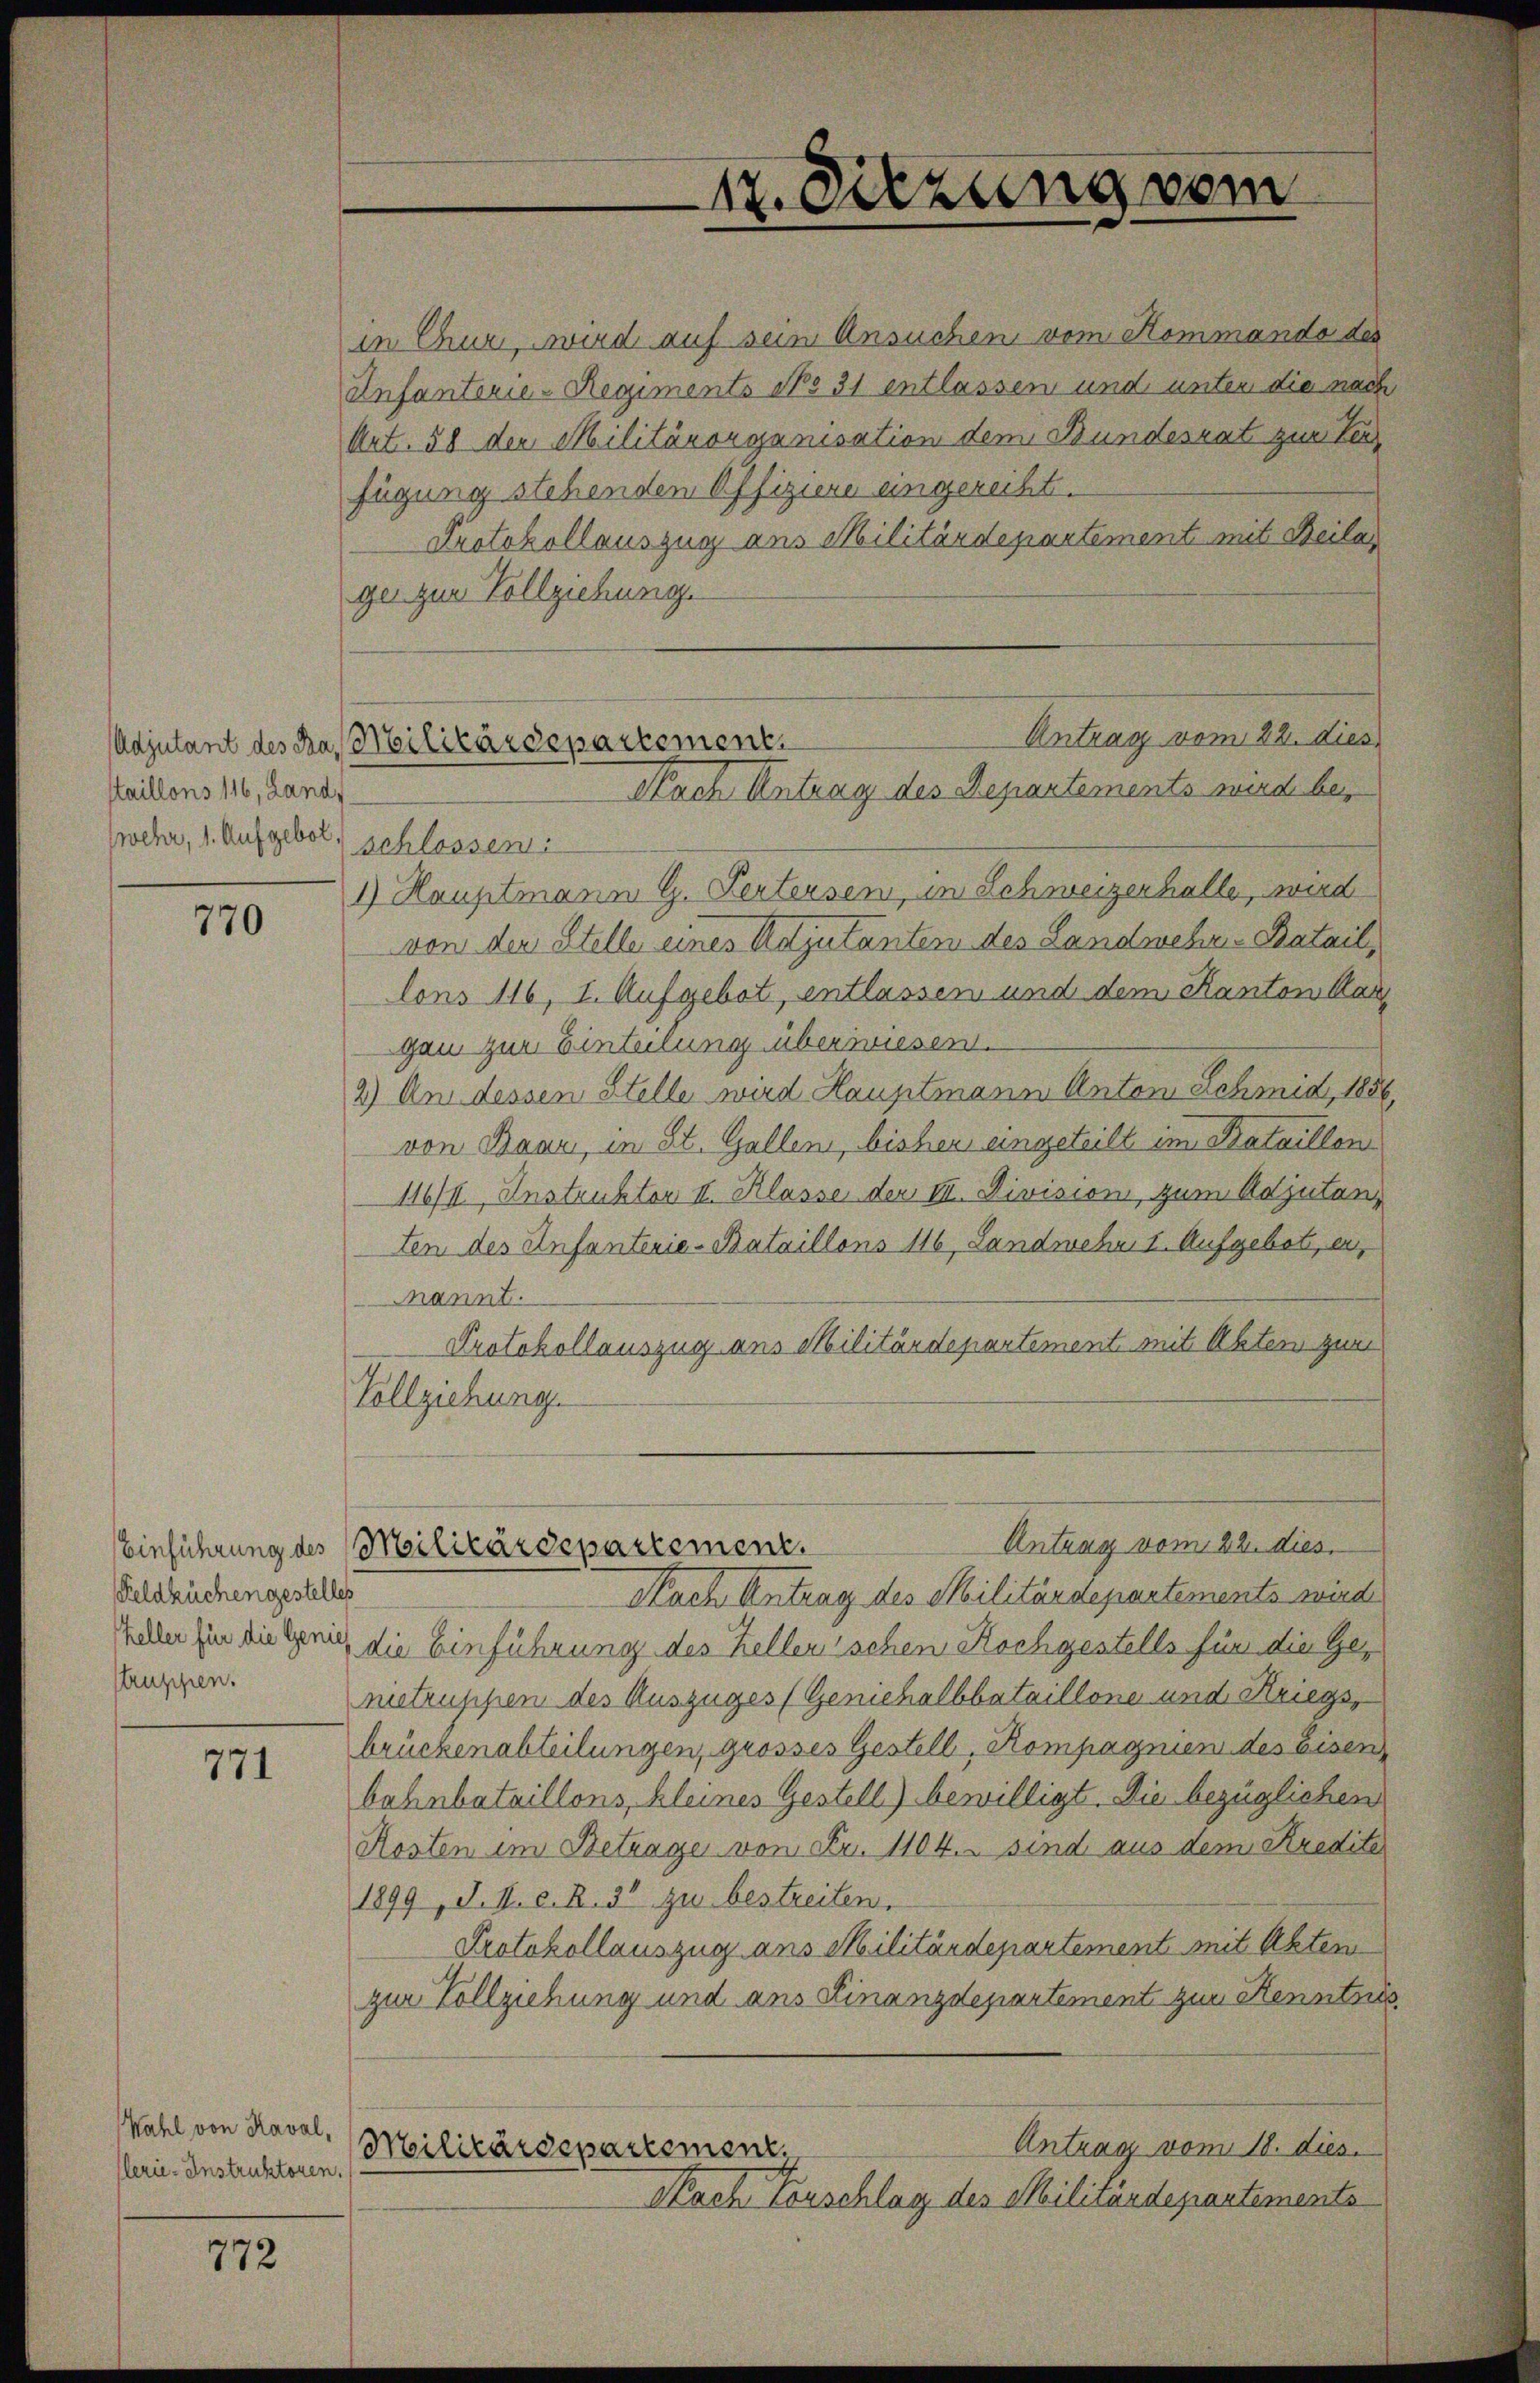
12. Sitzung vom

in Chur, wird auf sein Ansuchen vom Kommando des
Anfanterie-Regiments No 31 entlassen und unter die nach
Art. 58 der Militärorganisation dem Bundesrat zur Ver
fügung stehenden Offiziere eingereiht.
Protokollauszug aus Militärdepartement mit Beilas
ger zur Vollziehung.
1) Hauptmann G. Ferteisen, in Schweizerhalle, wird
von der Stelle eines Adjutanten des Landwehr-Batail,
lons 116, I. Aufgebot, entlassen und dem Kanton Aargan zur Einteilung überwiesen.
2) An dessen Stelle wird Hauptmann Anton Schmid, 1856
von Baar, in St. Gallen, bisher eingeteilt im Bataillon
116/II, Instruktor II. Klasse der III. Division zum Adjutan
ten des Anfanterie-Bataillons 116, Landmehr I. Aufgebote, er
nannt.
Protokollauszug aus Militärdepartement mit Akten zum
Vollziehung.
Antrag vom 22. dies
Einführung des Militärdepartement.
Nach Antrag des Militärdepartements wird
die Einführung des Kellerischen Rochgestells für die Genietruppen des Auszuges (Genichalbbataillone und Kriegs,
brückenabteilungen, grosses Gestell, Kompagnien des Eisen
bahnbataillons, kleines Gestell) bewilligt. Die bezüglichen
Kosten im Betrage von Fr. 1104. sind aus dem Kredite
1899, S. I. e. R. 32 zu bestreiten.
Protokollauszug ans Militärdepartement mit Akten
zur Vollziehung und aus Finanzdepartement zur Kenntnis
Antrag vom 18. dies.
Militärdepartement.
Nach Vorschlag des Militärdepartements

Antrag vom 22. dies
Adjutant des das Militärdepartement.
Nach Antrag des Departements wird bes

staillons 116, Land
wehr, 1. Aufgebot, schlossem

770

Feldküchengestelles
Keller für die Genies
struppen.

771

Wahl von Kaval,
(lerie-Instruktoren.

772